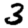
Digit: 3